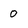
Character: 0